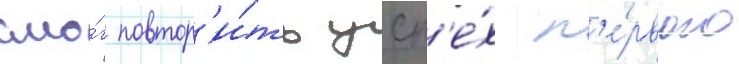
смо́г повтор'и́ть усп'е́х п'е́рвого